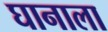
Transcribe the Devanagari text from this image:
घानाला